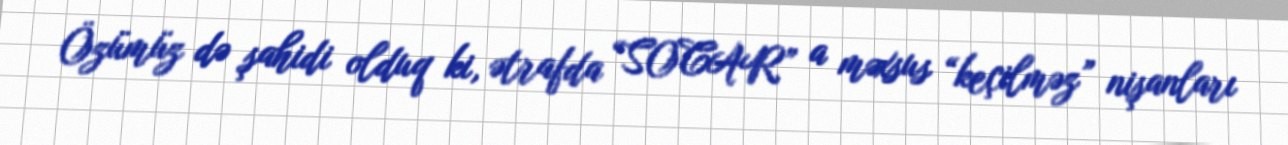
Özümüz də şahidi olduq ki, ətrafda “SOCAR” a məxsus “keçilməz” nişanları